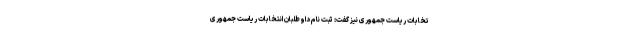
تخابات ریاست جمهوری نیز گفت: ثبت نام داوطلبان انتخابات ریاست جمهوری